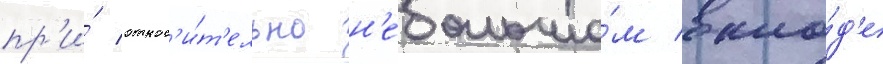
пр'и́ относ'и́т'ельно н'ебольшо́м вкла́д'е